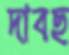
দাবছ